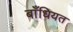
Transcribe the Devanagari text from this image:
बाँधियत